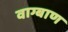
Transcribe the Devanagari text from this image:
वाग्बाण